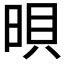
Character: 𣇜